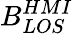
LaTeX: B_{LOS}^{HMI}